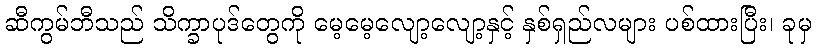
ဆီကွမ်ဘီသည် သိက္ခာပုဒ်တွေကို မေ့မေ့လျော့လျော့နှင့် နှစ်ရှည်လများ ပစ်ထားပြီး၊ ခုမှ